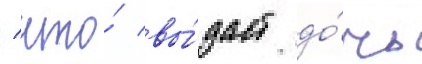
/ что́ вы́даст до́чь